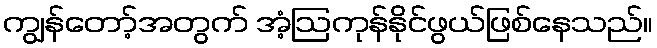
ကျွန်တော့်အတွက် အံ့ဩကုန်နိုင်ဖွယ်ဖြစ်နေသည်။